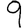
Digit: 9